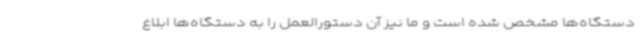
دستگاه‌ها مشخص شده است و ما نیز آن دستورالعمل را به دستگاه‌ها ابلاغ